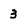
Character: 3